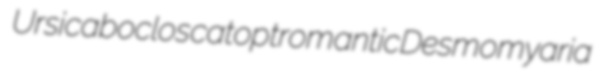
Ursi caboclos catoptromantic Desmomyaria